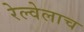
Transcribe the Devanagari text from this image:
रेल्वेलाच